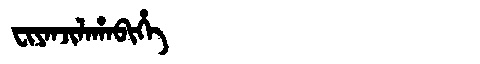
Manchu: ᠸᡳᠶᠠᠨᠵᡳᠯᠠᡥᠠᠪᡳᡥᡝ
Romanization: FIYANJILAHABIHE